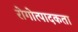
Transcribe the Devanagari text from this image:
रोगोत्पादकता